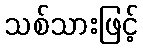
သစ်သားဖြင့်